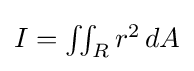
{\textstyle I=\iint _{R}r^{2}\,dA}